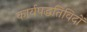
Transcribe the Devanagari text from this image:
कार्यपद्धतिविदों